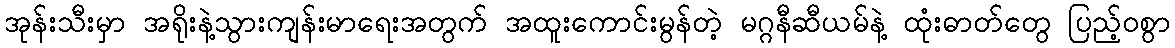
အုန်းသီးမှာ အရိုးနဲ့သွားကျန်းမာရေးအတွက် အထူးကောင်းမွန်တဲ့ မဂ္ဂနီဆီယမ်နဲ့ ထုံးဓာတ်တွေ ပြည့်ဝစွာ